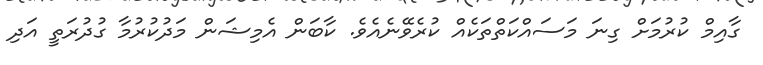
ގާއިމް ކުރުމަށް ގިނަ މަސައްކަތްތަކެއް ކުރެވޭނެއެވެ. ކާބަން އެމިޝަން މަދުކުރުމާ ގުދުރަތީ އަދި